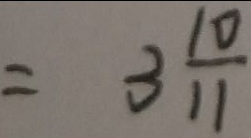
= 3 \frac { 1 0 } { 1 1 }